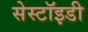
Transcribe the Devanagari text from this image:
सेस्टॉइडी